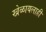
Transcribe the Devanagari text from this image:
खेळायलाही